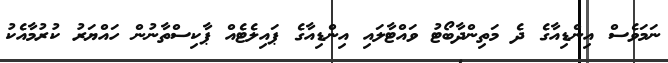
ނަމަވެސް އިންޑިއާގެ ދެ މަތިންދާބޯޓު ވައްޓާލައި އިންޑިއާގެ ޕައިލެޓެއް ޕާކިސްތާނުން ހައްޔަރު ކުރުމާއެކު